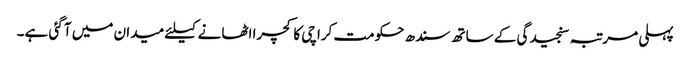
پہلی مرتبہ سنجیدگی کے ساتھ سندھ حکومت کراچی کا کچرا اٹھانے کیلئے میدان میں آ گئی ہے۔